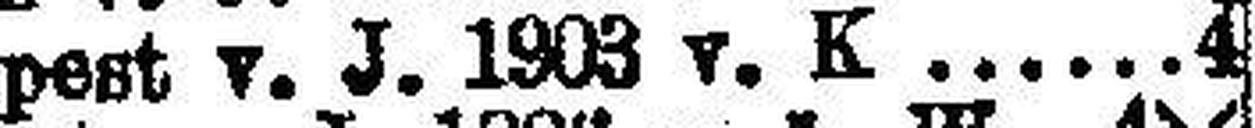
Budapest v. J. 1903 v. K. 4